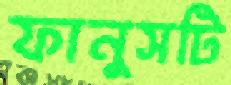
ফানুসটি